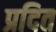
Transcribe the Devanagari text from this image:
प्रदित